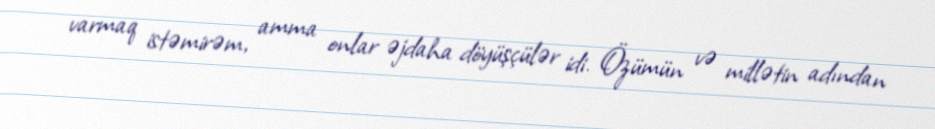
varmaq istəmirəm, amma onlar əjdaha döyüşçülər idi. Özümün və millətin adından